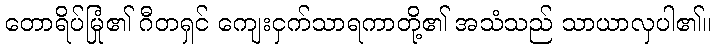
တောရိပ်မြုံ၏ ဂီတရှင် ကျေးငှက်သာရကာတို့၏ အသံသည် သာယာလှပါ၏။